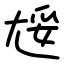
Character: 㞂